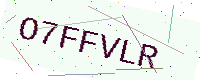
Text: O7FFVLR